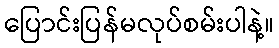
ပြောင်းပြန်မလုပ်စမ်းပါနဲ့။